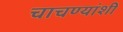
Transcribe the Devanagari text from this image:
चाचण्यांशी